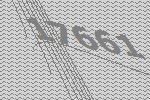
17661